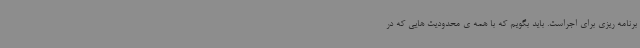
برنامه ریزی برای اجراست. باید بگویم که با همه ی محدودیت هایی که در